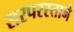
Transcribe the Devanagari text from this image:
सरपरस्ताने